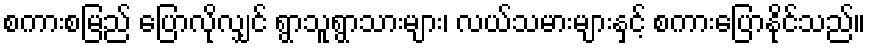
စကားစမြည် ပြောလိုလျှင် ရွာသူရွာသားများ၊ လယ်သမားများနှင့် စကားပြောနိုင်သည်။